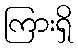
ကြားရှိ